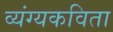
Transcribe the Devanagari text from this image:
व्यंग्यकविता